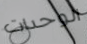
الوحدات